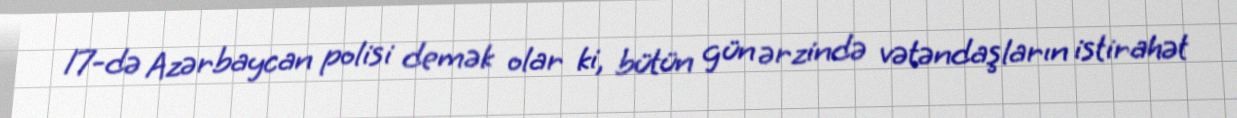
17-də Azərbaycan polisi demək olar ki, bütün gün ərzində vətəndaşların istirahət